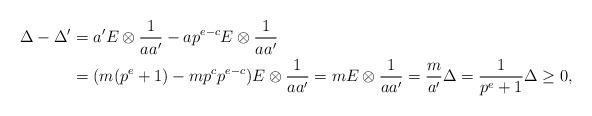
LaTeX: \begin{align*}\Delta-\Delta'&=a'E\otimes\frac{1}{aa'}-ap^{e-c}E\otimes\frac{1}{aa'} \\&=(m(p^{e}+1)-mp^cp^{e-c})E\otimes\frac{1}{aa'} =mE\otimes\frac{1}{aa'}=\frac{m}{a'}\Delta=\frac{1}{p^e+1}\Delta \ge0, \end{align*}